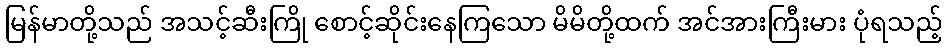
မြန်မာတို့သည် အသင့်ဆီးကြို စောင့်ဆိုင်းနေကြသော မိမိတို့ထက် အင်အားကြီးမား ပုံရသည့်